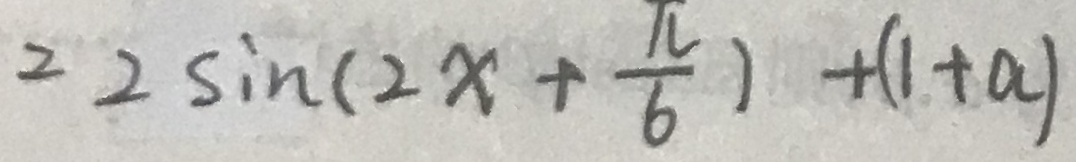
= 2 \sin ( 2 x + \frac { \pi } { 6 } ) + ( 1 + a )